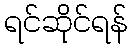
ရင်ဆိုင်ရန်